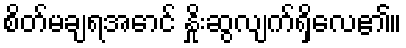
စိတ်မချရအောင် နှိုးဆွလျက်ရှိလေ၏။